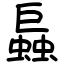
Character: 螶